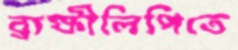
ব্রাক্ষীলিপিতে